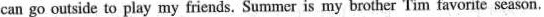
can go outside to play my friends. Summer is my brother Tim favorite season.